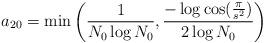
LaTeX: \begin{align*}a_{20} = \min \left( \frac{1}{N_0 \log N_0}, \frac{-\log \cos (\frac{\pi}{s^2})}{2\log N_0} \right)\end{align*}